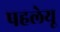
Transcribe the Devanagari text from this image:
पहलेयू